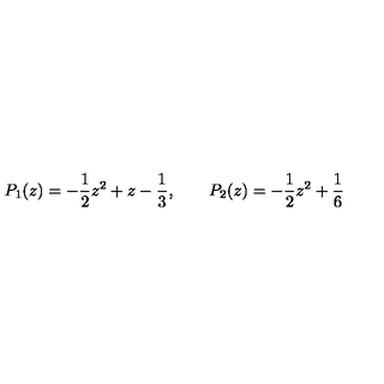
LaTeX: P _ { 1 } ( z ) = - \frac { 1 } { 2 } z ^ { 2 } + z - \frac { 1 } { 3 } , \qquad P _ { 2 } ( z ) = - \frac { 1 } { 2 } z ^ { 2 } + \frac { 1 } { 6 }